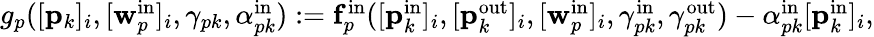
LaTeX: \begin{array}{r}{g_{p}([\mathbf{p}_{k}]_{i},[\mathbf{w}_{p}^{\mathrm{in}}]_{i},\gamma_{pk},\alpha_{pk}^{\mathrm{in}}):=\mathbf{f}_{p}^{\mathrm{in}}([\mathbf{p}_{k}^{\mathrm{in}}]_{i},[\mathbf{p}_{k}^{\mathrm{out}}]_{i},[\mathbf{w}_{p}^{\mathrm{in}}]_{i},\gamma_{pk}^{\mathrm{in}},\gamma_{pk}^{\mathrm{out}})-\alpha_{pk}^{\mathrm{in}}[\mathbf{p}_{k}^{\mathrm{in}}]_{i},}\end{array}